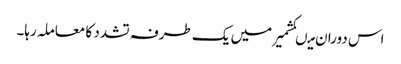
اس دوران میںکشمیر میں یک طرفہ تشدد کا معاملہ رہا۔